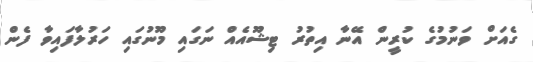
ގެއަށް ވަނުމުގެ ކުރީން އޭނާ އިތުރު ޓިޝޫއެއް ނަގައި މޫނުގައި ހަރުލާފައިވާ ފެން